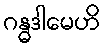
ဂန္ဓဒါမေဟိ